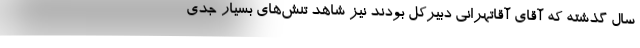
سال گذشته که آقای آقاتهرانی دبیرکل بودند نیز شاهد تنش‌های بسیار جدی